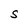
Character: S